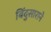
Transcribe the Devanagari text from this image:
बिंदुसाराने